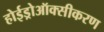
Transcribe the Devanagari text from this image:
होईड्रोऑक्सीकरण